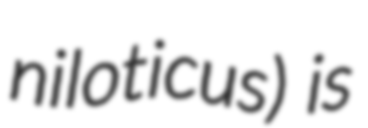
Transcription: niloticus) is